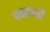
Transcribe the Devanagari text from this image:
चव्हाजी